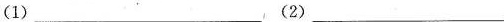
(1)___，(2)___